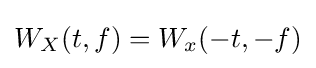
W_{X}(t,f)=W_{x}(-t,-f)